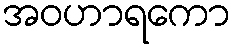
အဝဟာရကော